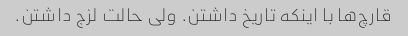
قارچ‌ها با اینکه تاریخ داشتن. ولی حالت لزج داشتن.